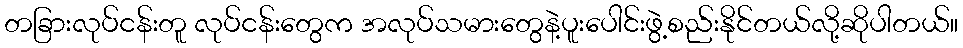
တခြားလုပ်ငန်းတူ လုပ်ငန်းတွေက အလုပ်သမားတွေနဲ့ပူးပေါင်းဖွဲ့စည်းနိုင်တယ်လို့ဆိုပါတယ်။